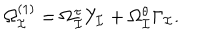
LaTeX: \Omega _ { \cal I } ^ { ( 1 ) } = \Omega _ { \cal I } ^ { \tau } Y _ { \cal I } + \Omega _ { \cal I } ^ { \theta } \Gamma _ { \cal I } .